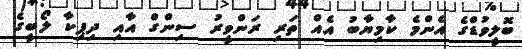
ބޮލީވުޑްގެ އެންމެ ކާމިޔާބު އެއް ތަރި ރަންވީރު ސިންގް އާއި ދިޕިކާ ލޯބީގެ